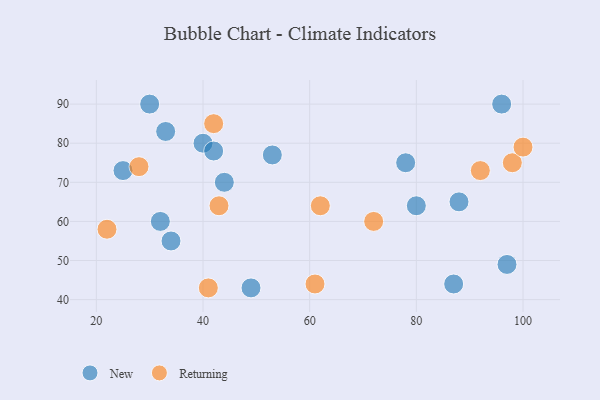
{"axis": {"x": "GDP", "y": "Life Expectancy"}, "legend": ["New", "Returning"], "data": [{"x": "49", "y": 43, "type": "New"}, {"x": "78", "y": 75, "type": "New"}, {"x": "44", "y": 70, "type": "New"}, {"x": "80", "y": 64, "type": "New"}, {"x": "96", "y": 90, "type": "New"}, {"x": "33", "y": 83, "type": "New"}, {"x": "40", "y": 80, "type": "New"}, {"x": "34", "y": 55, "type": "New"}, {"x": "97", "y": 49, "type": "New"}, {"x": "30", "y": 90, "type": "New"}, {"x": "53", "y": 77, "type": "New"}, {"x": "42", "y": 78, "type": "New"}, {"x": "25", "y": 73, "type": "New"}, {"x": "88", "y": 65, "type": "New"}, {"x": "32", "y": 60, "type": "New"}, {"x": "87", "y": 44, "type": "New"}, {"x": "98", "y": 75, "type": "Returning"}, {"x": "92", "y": 73, "type": "Returning"}, {"x": "22", "y": 58, "type": "Returning"}, {"x": "61", "y": 44, "type": "Returning"}, {"x": "41", "y": 43, "type": "Returning"}, {"x": "100", "y": 79, "type": "Returning"}, {"x": "72", "y": 60, "type": "Returning"}, {"x": "28", "y": 74, "type": "Returning"}, {"x": "42", "y": 85, "type": "Returning"}, {"x": "62", "y": 64, "type": "Returning"}, {"x": "43", "y": 64, "type": "Returning"}]}